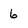
Character: 6